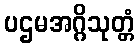
ပဌမအဂ္ဂိသုတ္တံ